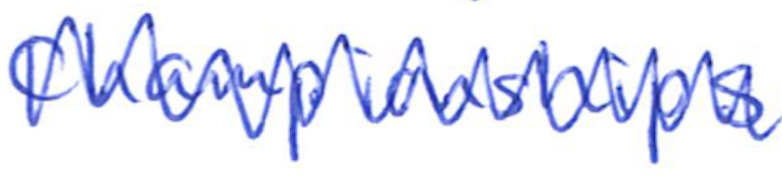
Text: Championships
Cross-out: zig-zag
Writing tool: ballpoint